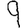
Digit: 9